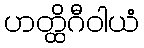
ဟတ္ထိဂီဝါယံ